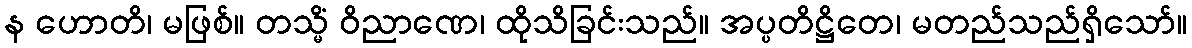
န ဟောတိ၊ မဖြစ်။ တသ္မိံ ဝိညာဏေ၊ ထိုသိခြင်းသည်။ အပ္ပတိဋ္ဌိတေ၊ မတည်သည်ရှိသော်။